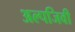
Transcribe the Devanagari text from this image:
अल्पजिवी